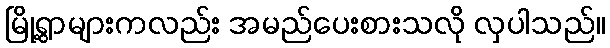
မြို့ရွာများကလည်း အမည်ပေးစားသလို လှပါသည်။